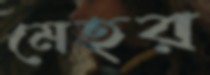
মেহর